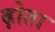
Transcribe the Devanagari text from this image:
ढ़ोता